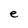
Character: e